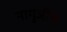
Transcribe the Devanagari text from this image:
नागुजींचे